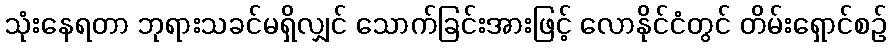
သုံးနေရတာ ဘုရားသခင်မရှိလျှင် သောက်ခြင်းအားဖြင့် လောနိုင်ငံတွင် တိမ်းရှောင်စဉ်